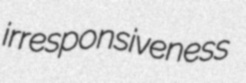
irresponsiveness